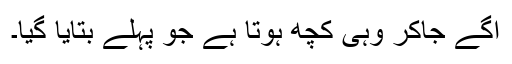
آگے جاکر وہی کچھ ہوتا ہے جو پہلے بتایا گیا۔